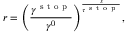
r = { \left( \frac { \gamma ^ { \mathrm { ~ s ~ t ~ o ~ p ~ } } } { \gamma ^ { 0 } } \right) } ^ { \frac { s } { \tau ^ { \mathrm { ~ s ~ t ~ o ~ p ~ } } } } ,